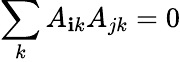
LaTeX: \sum_{k}A_{\mathbf{i}k}A_{jk}=0